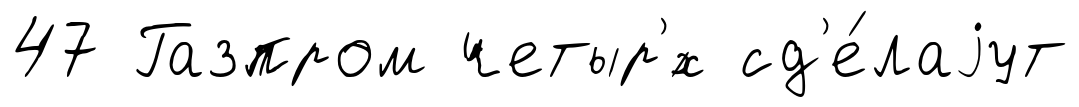
47 Газпром четыр'́х сд'е́лаjут